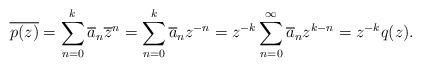
LaTeX: \begin{align*} \overline{p(z)}=\sum_{n=0}^k \overline{a}_n \overline{z}^n = \sum_{n=0}^k \overline{a}_n z^{-n} =z^{-k} \sum_{n=0}^\infty \overline{a}_n z^{k-n} =z^{-k}q(z).\end{align*}